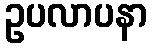
ဥပလာပနာ